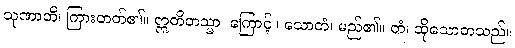
သုဏာတိ၊ ကြားတတ်၏။ ဣတိတသ္မာ၊ ကြောင့်။ သောတံ၊ မည်၏။ တံ၊ ထိုသောတသည်။